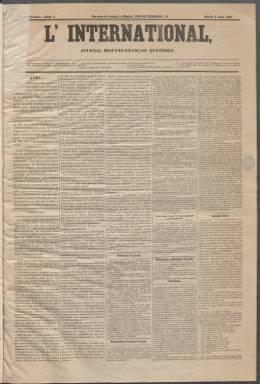
Título: L'International (Madrid)
Colección: Periódicos
Ámbito geográfico: Madrid
Lugar de publicación: Madrid
Fechas: 08/08/1865-19/08/1865